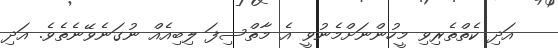
އަދި ކެތްތެރިވި މީހުންނަށްމެނުވީ އެ މާތްސިފަ ލިބިއެއް ނުގަނެވޭނެތެވެ. އަދި